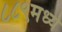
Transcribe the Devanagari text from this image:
८८९मध्ये